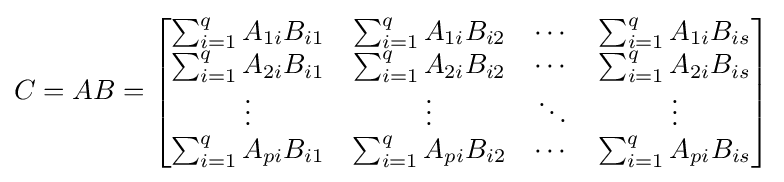
C=AB={\begin{bmatrix}\sum _{i=1}^{q}A_{1i}B_{i1}&\sum _{i=1}^{q}A_{1i}B_{i2}&\cdots &\sum _{i=1}^{q}A_{1i}B_{is}\\\sum _{i=1}^{q}A_{2i}B_{i1}&\sum _{i=1}^{q}A_{2i}B_{i2}&\cdots &\sum _{i=1}^{q}A_{2i}B_{is}\\\vdots &\vdots &\ddots &\vdots \\\sum _{i=1}^{q}A_{pi}B_{i1}&\sum _{i=1}^{q}A_{pi}B_{i2}&\cdots &\sum _{i=1}^{q}A_{pi}B_{is}\end{bmatrix}}